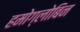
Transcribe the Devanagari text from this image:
हमोग्लोबिन